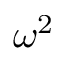
\omega ^ { 2 }